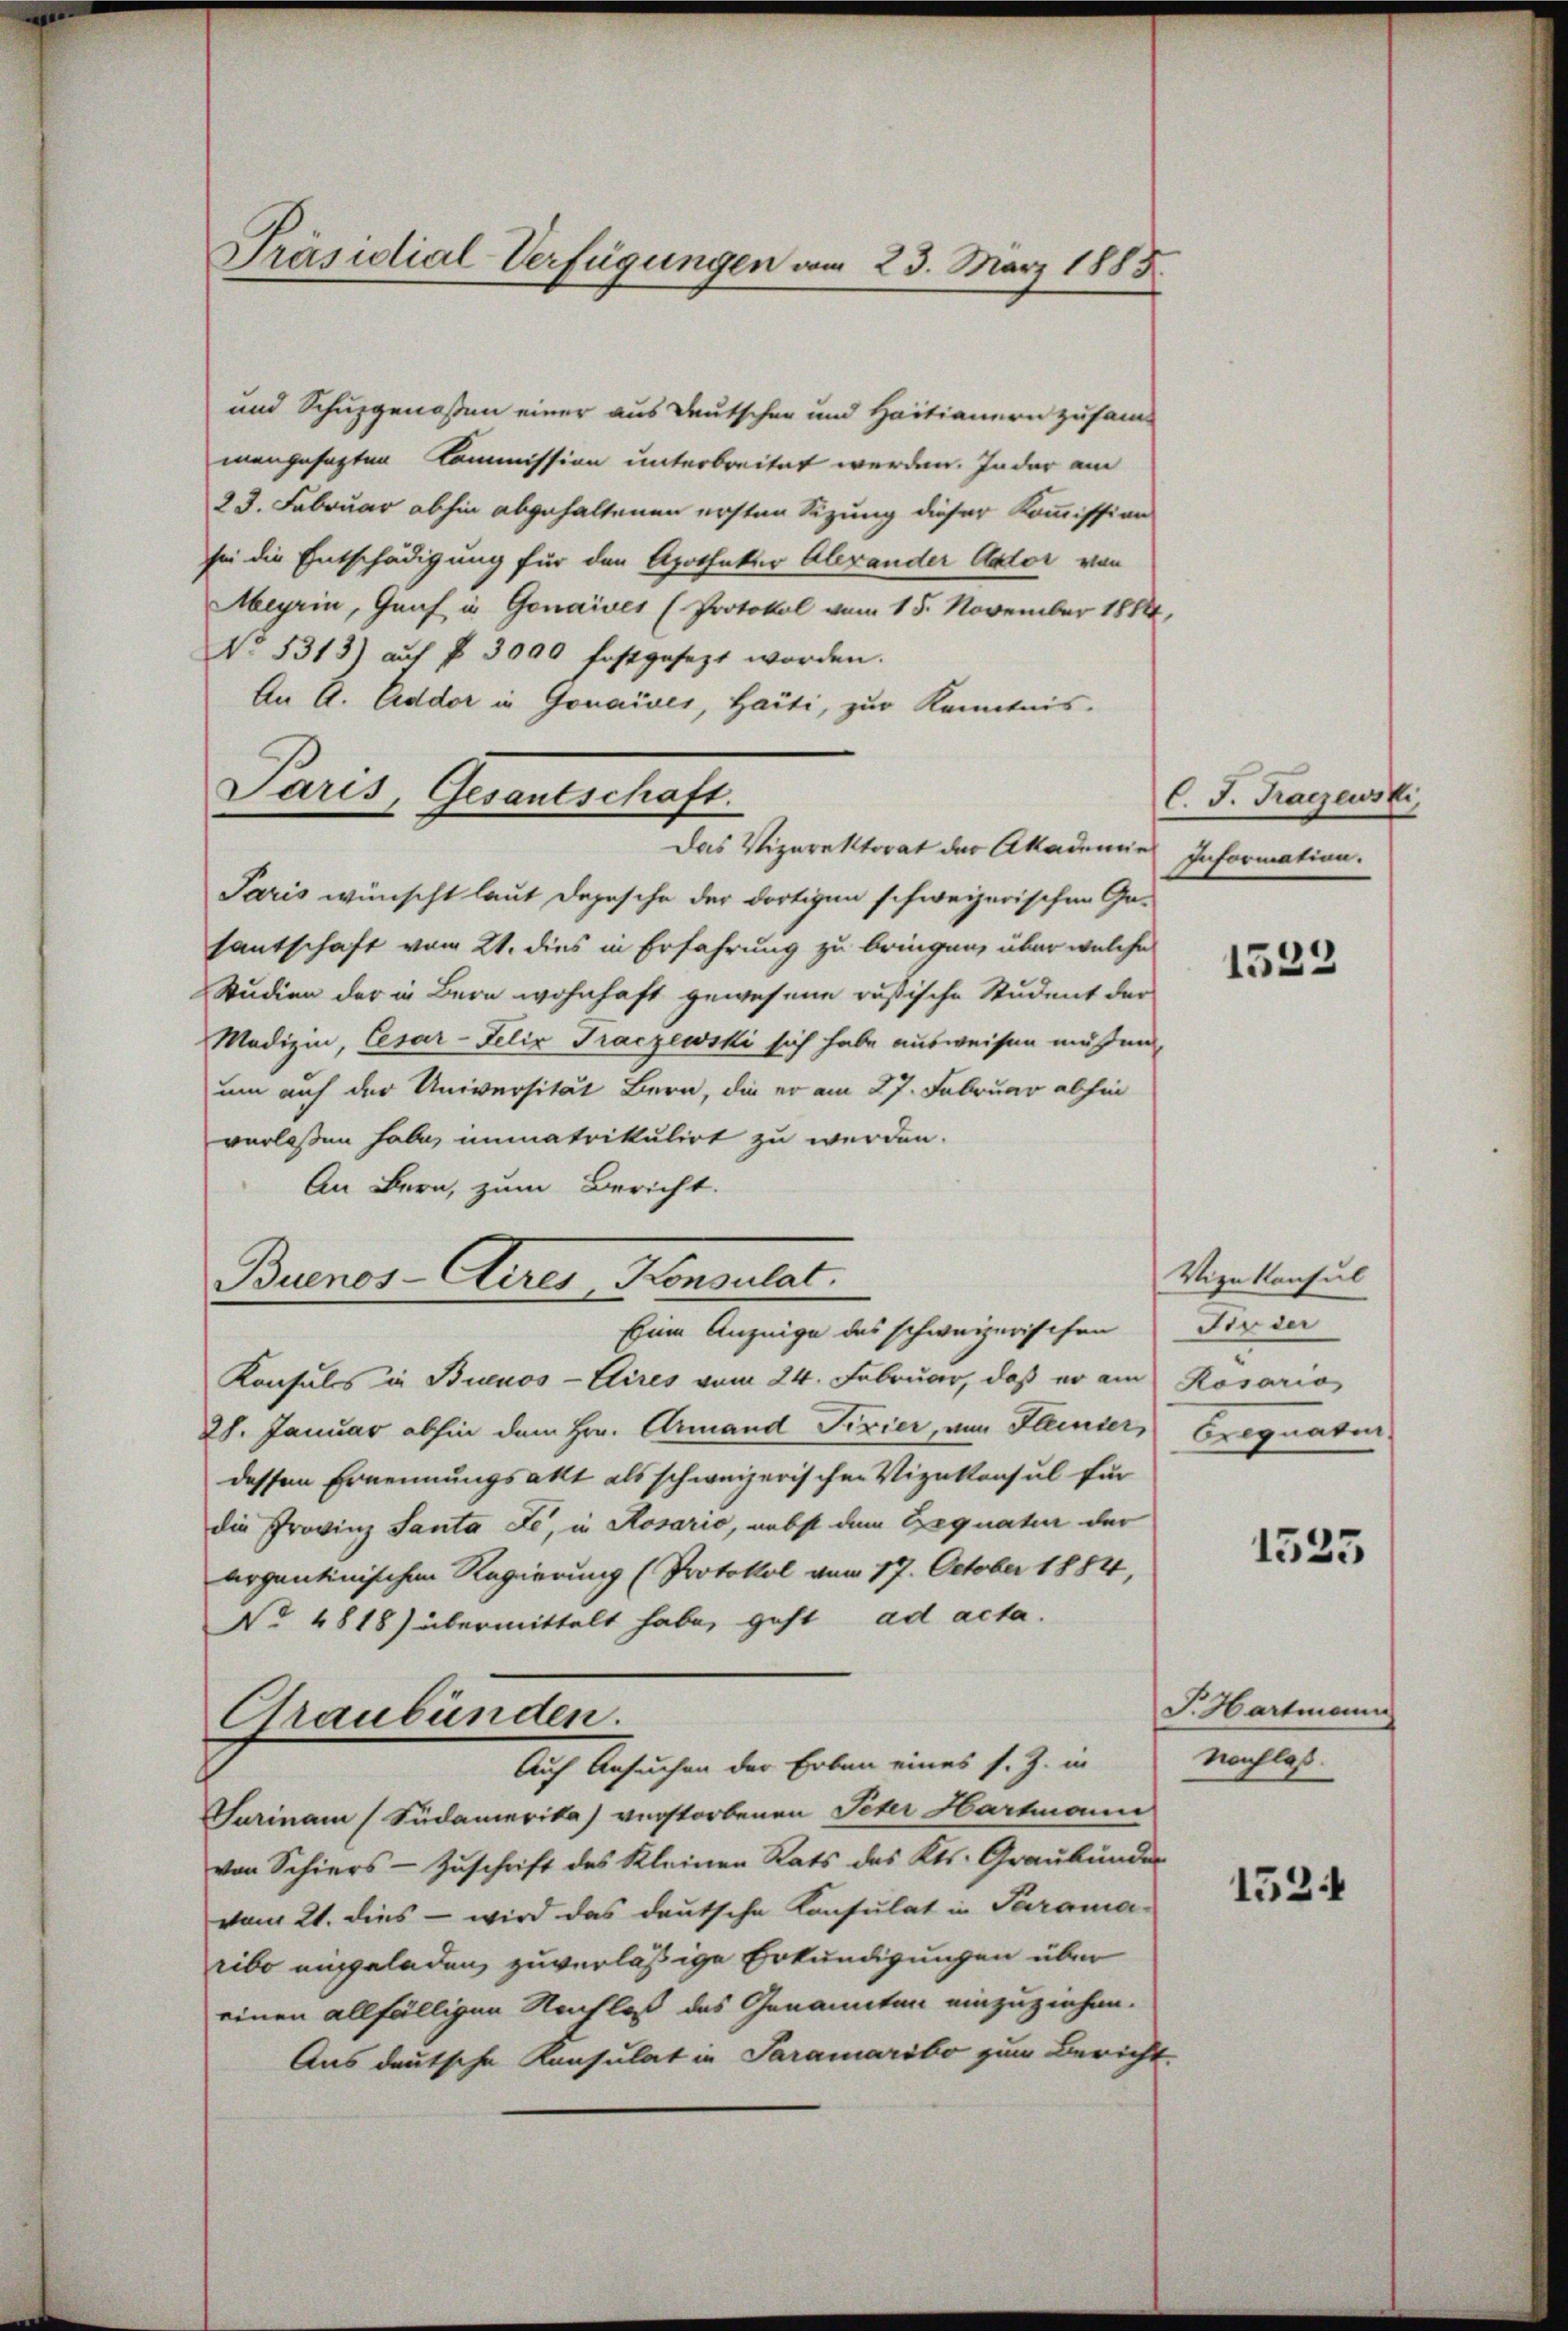
Präsidial-Verfügungen vom 23. März 1883.

und Schuzgenoßen einer aus Deutschen und Hastianern zusam-
mangesagten Kommission unterbreitet werden. In der am
23. Februar abhin abgehaltenen ersten Sizung dieser Kommission
see die Entschädigung für den Apotheker Abrander Actor von
Meyrin, Genf in Gonaiver (Protokol vom 15. November 1814,
No 1313) auf § 3000 festgesezt worden.
An A. Addor in Gonaives, Haiti, zur Kenntnis.
Paris, Gesantschaft.
Das Vizirektorat der Akademie
Paris wünscht laut Depesche der dortigen schweizerischen Ge-
santschaft vom 21. dies in Erfahrung zu bringen, über welche
Studien der in Bern wohnhaft gewesene russische Student der
Medizin, Cesar-Felix Traczewski sich habe ausweisen müssen,
um auf der Universität Bern, die er am 27. Februar abhin
verlaßen habe, immatrikulirt zu werden.
An Bern, zum Bericht.
Buros- Auer Kommutat.
Eine Anzeige des schweizerischen
Konsuls in Buenos-Cires vom 24. Februar, daß er am Rosario
28. Januar abhin dem Hrn. Armand Ferier, von Kleinser
dessen Ernennungsakt als schweizerischen Vizekonsul für
die Provinz Santa Le, in Rosario, nebst dem Gegnatur der
argentinischen Regierung (Protokol vom 17. October 1884,
No 4818) übermittelt habe, geht ad acta.
Graubünden.
Auch Ansuchen der Erben eines s. Z. in
Garinam (Südamerika) verstorbenen Peter Hartmann
von Schiers - Zuschrift des Kleinen Rats des Kts. Graubünder
vom 21. dies - wird das deutsche Konsulat in Parama-
ribo eingeladen, zuverlässige Erkundigungen über
einen allfälligen Nachlaß des Genannten einzuziehen.
Aus deutsche Konsulat in Paramaribo zum Bericht

C. J. Kagewski,
Information.

1523

Vizekonsul
In der
Frequatur

1535

J. Hartmann
Nachlaß.

1524